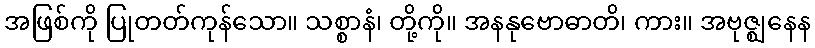
အဖြစ်ကို ပြုတတ်ကုန်သော။ သစ္စာနံ၊ တို့ကို။ အနနုဗောဓာတိ၊ ကား။ အဗုဇ္ဈနေန